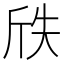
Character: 𭤢